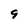
Character: 9